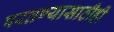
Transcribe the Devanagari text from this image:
परतण्यासाठीही